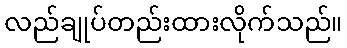
လည်ချုပ်တည်းထားလိုက်သည်။